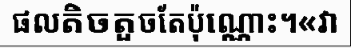
ផលតិចតួចតែប៉ុណ្ណោះ។«វា